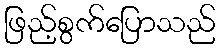
ဖြည့်စွက်ပြောသည်